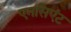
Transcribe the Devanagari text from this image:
एनसिएंट